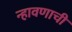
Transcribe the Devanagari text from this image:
न्हावणाची